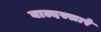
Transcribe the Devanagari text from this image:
बाल्दस्सारे